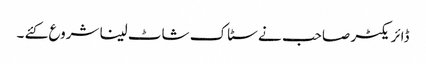
ڈائریکٹر صاحب نے سٹاک شاٹ لینا شروع کئے ۔